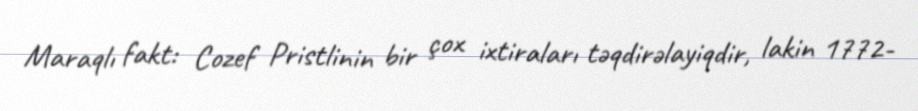
Maraqlı fakt: Cozef Pristlinin bir çox ixtiraları təqdirəlayiqdir, lakin 1772-